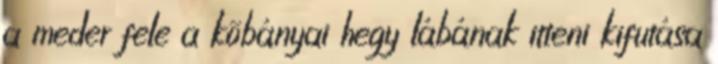
a meder fele a kõbányai hegy lábának itteni kifutása